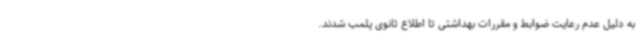
به دلیل عدم رعایت ضوابط و مقررات بهداشتی تا اطلاع ثانوی پلمب شدند.